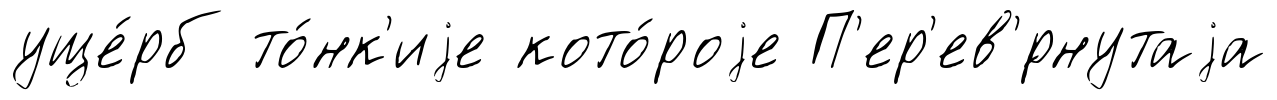
уще́рб то́нк'иjе кото́роjе П'ер'ев'́рнутаjа